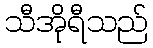
သီအိုရီသည်